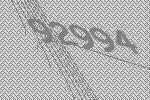
92994